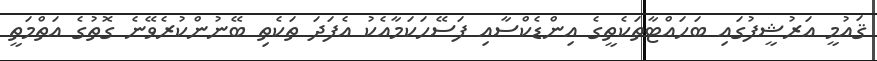
ޤައުމީ އަރުޝީފުގައި ބަހައްޓާތަކެތީގެ އިންޑެކްސާއި ފަސޭހަކަމާއެކު އެފަދަ ތަކެތި ބޭނުންކުރެވޭނެ ގޮތުގެ އަތްމަތީ